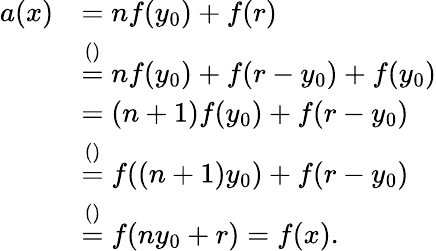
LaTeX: \begin{array}{rl}{a(x)}&{=nf(y_{0})+f(r)}\\ &{\stackrel{()}{=}nf(y_{0})+f(r-y_{0})+f(y_{0})}\\ &{=(n+1)f(y_{0})+f(r-y_{0})}\\ &{\stackrel{()}{=}f((n+1)y_{0})+f(r-y_{0})}\\ &{\stackrel{()}{=}f(ny_{0}+r)=f(x).}\end{array}